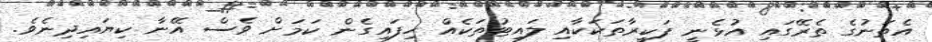
އެތަނުގެ ތެރޭގައި އުޅެނީ ފަކީރާތަކަކާއި ލައިޓުތަކެއް ހިފައިގެން ކަމަށް ވެސް އޭނާ ކިޔައިދިނެވެ.